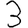
Digit: 3